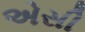
એસી